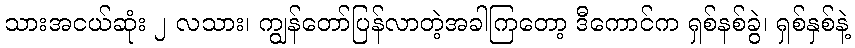
သားအငယ်ဆုံး ၂ လသား၊ ကျွန်တော်ပြန်လာတဲ့အခါကြတော့ ဒီကောင်က ရှစ်နစ်ခွဲ၊ ရှစ်နှစ်နဲ့